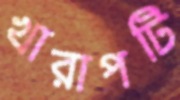
খারাপটি